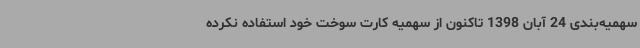
سهمیه‌بندی 24 آبان 1398 تاکنون از سهمیه کارت سوخت خود استفاده نکرده